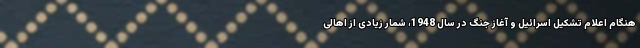
هنگام اعلام تشکیل اسرائیل و آغاز جنگ در سال 1948، شمار زیادی از اهالی